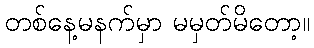
တစ်နေ့မနက်မှာ မမှတ်မိတော့။